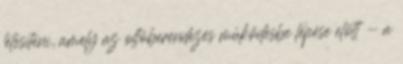
létesíteni, amely az oltóberendezés mûködésbe lépése elõtt - a